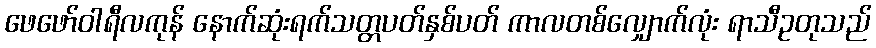
ဖေဖော်ဝါရီလကုန် နောက်ဆုံးရက်သတ္တပတ်နှစ်ပတ် ကာလတစ်လျှောက်လုံး ရာသီဥတုသည်